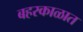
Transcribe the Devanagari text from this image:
बहरकाळात